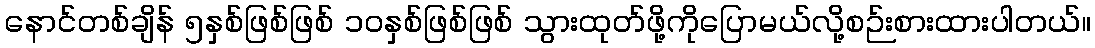
နောင်တစ်ချိန် ၅နှစ်ဖြစ်ဖြစ် ၁၀နှစ်ဖြစ်ဖြစ် သွားထုတ်ဖို့ကိုပြောမယ်လို့စဉ်းစားထားပါတယ်။